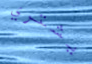
يشتري